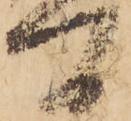
間